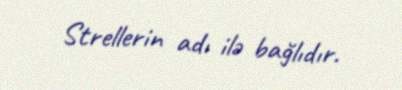
Strellerin adı ilə bağlıdır.